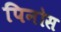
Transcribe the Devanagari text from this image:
पिनोस